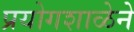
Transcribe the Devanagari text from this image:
प्रयोगशाळेने